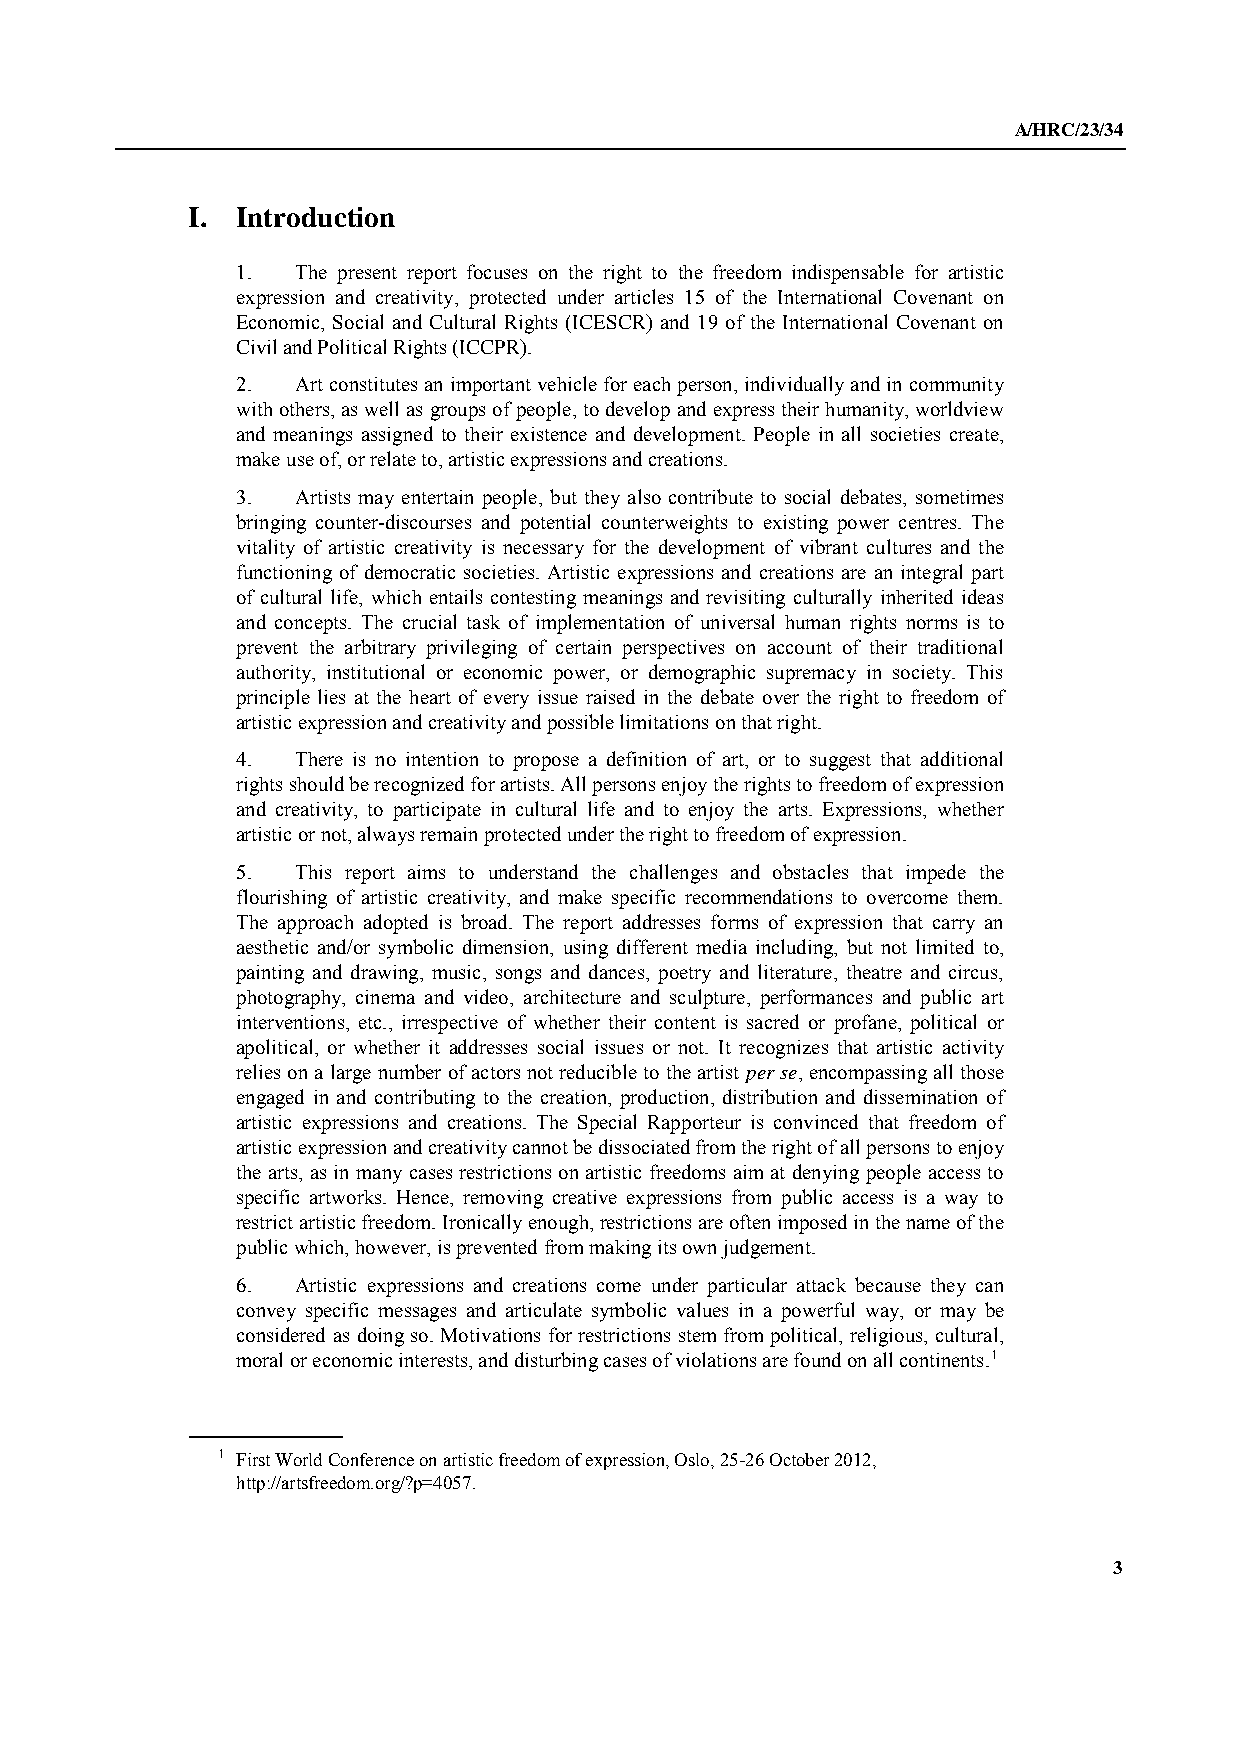
A/HRC/23/34
 I.  Introduction
 1.  The present report focuses on the right to the freedom indispensable for artistic
 expression and creativity, protected under articles 15 of the International Covenant on
 Economic, Social and Cultural Rights (ICESCR) and 19 of the International Covenant on
 Civil and Political Rights (ICCPR).
 2.  Art constitutes an important vehicle for each person, individually and in community
 with others, as well as groups of people, to develop and express their humanity, worldview
 and meanings assigned to their existence and development. People in all societies create,
 make use of, or relate to, artistic expressions and creations.
 3.  Artists may entertain people, but they also contribute to social debates, sometimes
 bringing counter-discourses and potential counterweights to existing power centres. The
 vitality of artistic creativity is necessary for the development of vibrant cultures and the
 functioning of democratic societies. Artistic expressions and creations are an integral part
 of cultural life, which entails contesting meanings and revisiting culturally inherited ideas
 and concepts. The crucial task of implementation of universal human rights norms is to
 prevent the arbitrary privileging of certain perspectives on account of their traditional
 authority, institutional or economic power, or demographic supremacy in society. This
 principle lies at the heart of every issue raised in the debate over the right to freedom of
 artistic expression and creativity and possible limitations on that right.
 4.  There is no intention to propose a definition of art, or to suggest that additional
 rights should be recognized for artists. All persons enjoy the rights to freedom of expression
 and creativity, to participate in cultural life and to enjoy the arts. Expressions, whether
 artistic or not, always remain protected under the right to freedom of expression.
 5.  This report aims to understand the challenges and obstacles that impede the
 flourishing of artistic creativity, and make specific recommendations to overcome them.
 The approach adopted is broad. The report addresses forms of expression that carry an
 aesthetic and/or symbolic dimension, using different media including, but not limited to,
 painting and drawing, music, songs and dances, poetry and literature, theatre and circus,
 photography, cinema and video, architecture and sculpture, performances and public art
 interventions, etc., irrespective of whether their content is sacred or profane, political or
 apolitical, or whether it addresses social issues or not. It recognizes that artistic activity
 relies on a large number of actors not reducible to the artist per se, encompassing all those
 engaged in and contributing to the creation, production, distribution and dissemination of
 artistic expressions and creations. The Special Rapporteur is convinced that freedom of
 artistic expression and creativity cannot be dissociated from the right of all persons to enjoy
 the arts, as in many cases restrictions on artistic freedoms aim at denying people access to
 specific artworks. Hence, removing creative expressions from public access is a way to
 restrict artistic freedom. Ironically enough, restrictions are often imposed in the name of the
 public which, however, is prevented from making its own judgement.
 6.  Artistic expressions and creations come under particular attack because they can
 convey specific messages and articulate symbolic values in a powerful way, or may be
 considered as doing so. Motivations for restrictions stem from political, religious, cultural,
 moral or economic interests, and disturbing cases of violations are found on all continents.1
 1 First World Conference on artistic freedom of expression, Oslo, 25-26 October 2012,
 http://artsfreedom.org/?p=4057.
 3